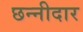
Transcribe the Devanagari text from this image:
छन्नीदार